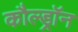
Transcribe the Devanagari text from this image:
कौल्ड्रॉन